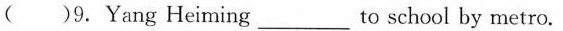
( )9.Yang Heiming___to school by metro.